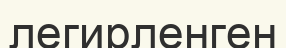
легирленген